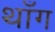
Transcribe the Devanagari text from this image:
थाँग